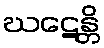
ဃဋေန္တိ